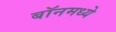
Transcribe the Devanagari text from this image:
बॉनमध्ये